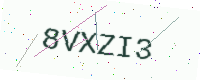
Text: 8VXZI3